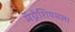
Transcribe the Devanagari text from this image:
मॅग्नेशियमला